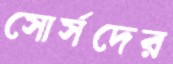
সোর্সদের